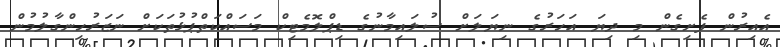
އެއިރުން ފެށިގެން މި ދިޔަ އަހަރުގެ ނިޔަލަށް ސުލައިމާނުގެ ޑިޕްލޮމެޓިކް މަސައްކަތްޕުޅުތަކަށް ނަޒަރުހިންގާލުމުން